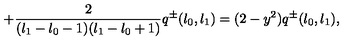
+ \frac { 2 } { ( l _ { 1 } - l _ { 0 } - 1 ) ( l _ { 1 } - l _ { 0 } + 1 ) } q ^ { \pm } ( l _ { 0 } , l _ { 1 } ) = ( 2 - y ^ { 2 } ) q ^ { \pm } ( l _ { 0 } , l _ { 1 } ) ,